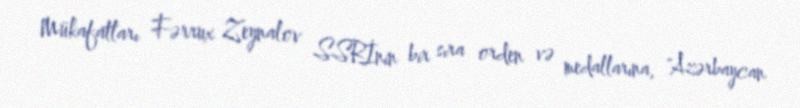
Mükafatları Fərrux Zeynalov SSRİnin bir sıra orden və medallarına, "Azərbaycan